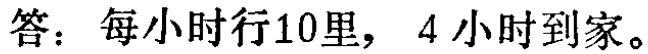
答：每小时行10里， 4 小时到家。